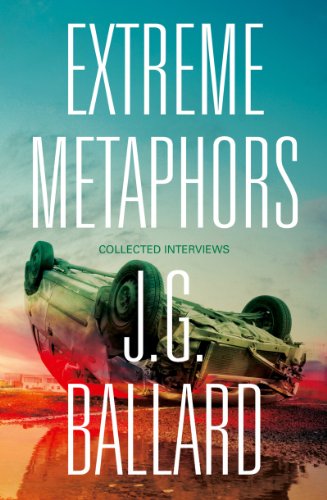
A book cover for Extreme Metaphors; J.G Ballard; Literature & Fiction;